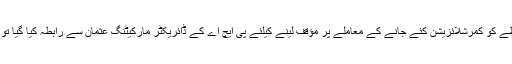
پی ایچ اے کی جانب سے غیرقانونی طور پر چرچ کے احاطے کو کمرشلائزیشن کئے جانے کے معاملے پر مؤقف لینے کیلئے پی ایچ اے کے ڈائریکٹر مارکیٹنگ عثمان سے رابطہ کیا گیا تو ان کا کہنا تھا کہ یہ معاملہ ان کی تعیناتی سے پہلے کا ہے۔